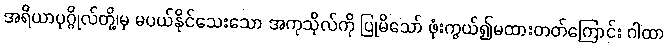
အရိယာပုဂ္ဂိုလ်တို့၊မှ မပယ်နိုင်သေးသော အကုသိုလ်ကို ပြုမိသော် ဖုံးကွယ်၍မထားတတ်ကြောင်း ဂါထာ